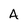
Character: A